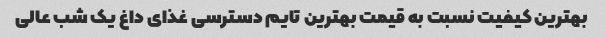
بهترین کیفیت نسبت به قیمت بهترین تایم دسترسی غذای داغ یک شب عالی